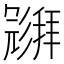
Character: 𱝧